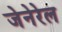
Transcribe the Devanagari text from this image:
जेनेरेल